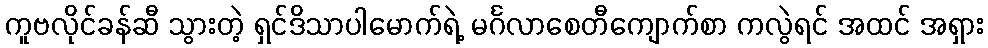
ကူဗလိုင်ခန်ဆီ သွားတဲ့ ရှင်ဒိသာပါမောက်ရဲ့ မင်္ဂလာစေတီကျောက်စာ ကလွဲရင် အထင် အရှား